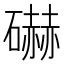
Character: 𰧩